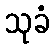
သုခံ